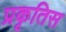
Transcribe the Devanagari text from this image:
प्रकृतिस